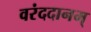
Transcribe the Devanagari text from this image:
वरंददानम्